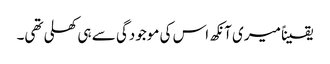
یقیناً میری آنکھ اس کی موجودگی سے ہی کھلی تھی۔